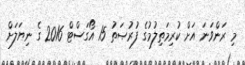
މި ރަންވަނަ އަށް ކުރިމަތިލުމުގެ ފުރުޞަތު 15 އޯގަސްޓް 2016 ގެ ނިޔަލަށް